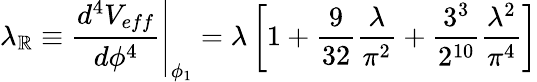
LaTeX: \lambda_{\mathbb{R}}\equiv\left.\frac{{d^{4}V_{eff}}}{{d\phi^{4}}}\right|_{\phi_{1}}=\lambda\left[1+\frac{{9}}{{32}}\frac{{\lambda}}{{\pi^{2}}}+\frac{{3^{3}}}{{2^{10}}}\frac{{\lambda^{2}}}{{\pi^{4}}}\right]